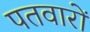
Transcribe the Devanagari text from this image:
पतवारों